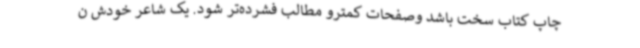
چاپ کتاب سخت باشد وصفحات کمترو مطالب فشرده‌تر شود. یک شاعر خودش ن